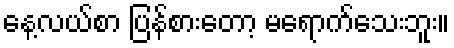
နေ့လယ်စာ ပြန်စားတော့ မရောက်သေးဘူး။